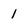
Character: 1